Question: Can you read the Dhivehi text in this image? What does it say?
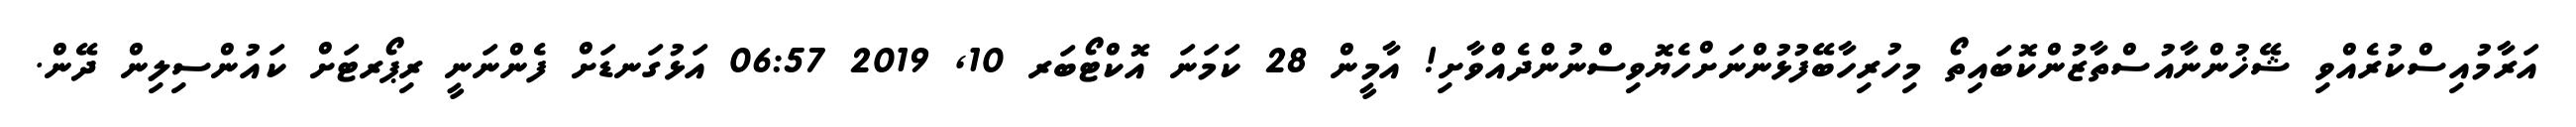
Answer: އަރާމުއިސްކުރެއްވި ޝޭޚުންނާއުސްތާޒުންކޮބައިތޯ މިހުރިހާބޭފުޅުންނަށްހެޔޮވިސްނުންދެއްވާށި! އާމީން 28 ކަމަނަ އޮކްޓޯބަރ 10, 2019 06:57 އަޅުގަނޑަށް ފެންނަނީ ރިޕޯރޓަށް ކައުންސިލިން ދޭން.